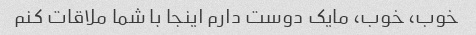
خوب، خوب، مایک دوست دارم اینجا با شما ملاقات کنم